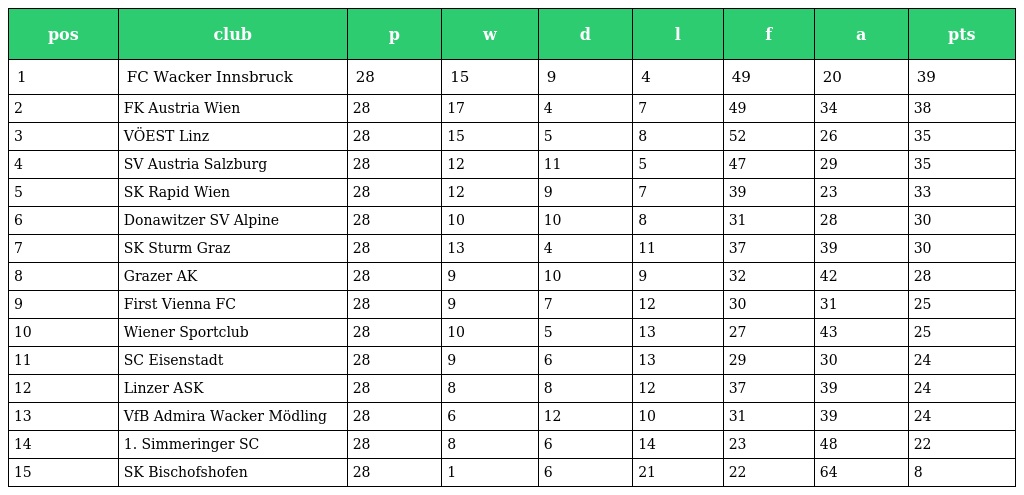
| pos | club | p | w | d | l | f | a | pts |
 | --- | --- | --- | --- | --- | --- | --- | --- | --- |
 | 1 | FC Wacker Innsbruck | 28 | 15 | 9 | 4 | 49 | 20 | 39 |
 | 2 | FK Austria Wien | 28 | 17 | 4 | 7 | 49 | 34 | 38 |
 | 3 | VÖEST Linz | 28 | 15 | 5 | 8 | 52 | 26 | 35 |
 | 4 | SV Austria Salzburg | 28 | 12 | 11 | 5 | 47 | 29 | 35 |
 | 5 | SK Rapid Wien | 28 | 12 | 9 | 7 | 39 | 23 | 33 |
 | 6 | Donawitzer SV Alpine | 28 | 10 | 10 | 8 | 31 | 28 | 30 |
 | 7 | SK Sturm Graz | 28 | 13 | 4 | 11 | 37 | 39 | 30 |
 | 8 | Grazer AK | 28 | 9 | 10 | 9 | 32 | 42 | 28 |
 | 9 | First Vienna FC | 28 | 9 | 7 | 12 | 30 | 31 | 25 |
 | 10 | Wiener Sportclub | 28 | 10 | 5 | 13 | 27 | 43 | 25 |
 | 11 | SC Eisenstadt | 28 | 9 | 6 | 13 | 29 | 30 | 24 |
 | 12 | Linzer ASK | 28 | 8 | 8 | 12 | 37 | 39 | 24 |
 | 13 | VfB Admira Wacker Mödling | 28 | 6 | 12 | 10 | 31 | 39 | 24 |
 | 14 | 1. Simmeringer SC | 28 | 8 | 6 | 14 | 23 | 48 | 22 |
 | 15 | SK Bischofshofen | 28 | 1 | 6 | 21 | 22 | 64 | 8 |